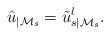
LaTeX: \begin{align*} \hat{u}_{|\mathcal{M}_s} = \tilde{u}^l_{s|\mathcal{M}_s}. \end{align*}